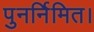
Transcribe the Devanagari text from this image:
पुनर्निमित।